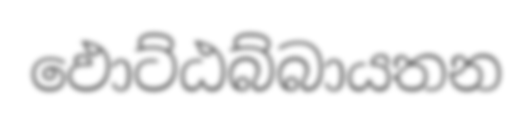
ඵොට්ඨබ්බායතන